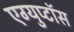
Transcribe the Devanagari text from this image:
एग्युप्टॉस